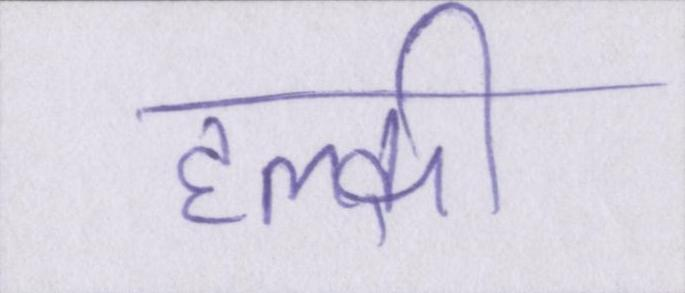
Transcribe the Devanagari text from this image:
हल्की